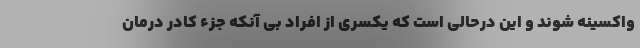
واکسینه شوند و این درحالی است که یکسری از افراد بی آنکه جزء کادر درمان